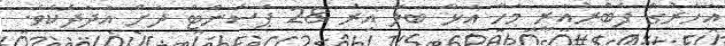
އަހަރުގެ ފެބްރުއަރީ މަހާ އަޅާ ބަލާ އިރު 28 ޕަސެންޓް ދަށް އަދަދެކެވެ.